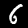
Digit: 6